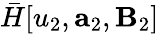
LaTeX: \bar{H}[u_{2},\mathbf{a}_{2},\mathbf{B}_{2}]